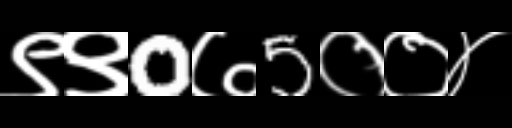
Text: ९९0७5००४